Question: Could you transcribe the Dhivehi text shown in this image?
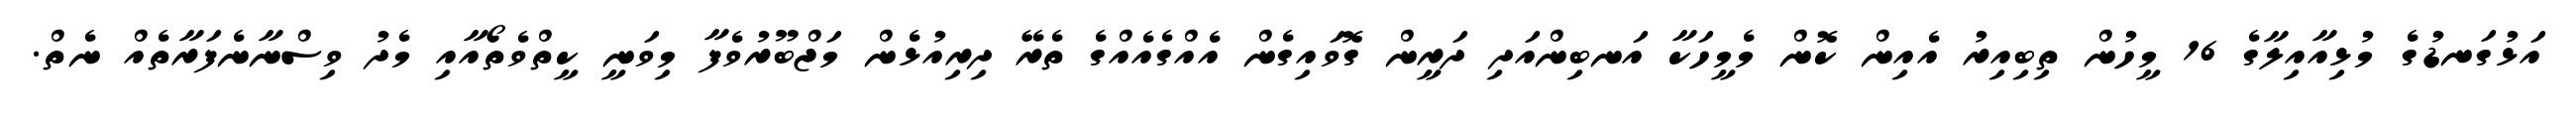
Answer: އަޅުގަނޑުގެ މުޅިއާއިލާގެ 16 މީހުން ތިބިއިރު އެއިން ކޮން މެމީހަކާ އަނބިންއަދި ދަރީން ގޮވައިގެން އެއްގެއެއްގެ ތެރޭ ދިރިއުޅެން މަޖްބޫރުވެފާ މިވަނީ ކީތްވެތޯއާއި މެދު ވިސްނާނެފަރާތެއް ނެތް.